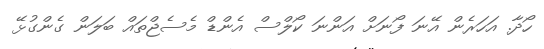
ހޯދާ. އަހަރެން އޭނަ ފޯނަށް އަންނަ ކޯލްސް އެންޑް މެސެޖްތައް ބަލަން ގެންގުޅޭ